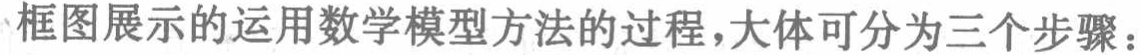
框图展示的运用数学模型方法的过程，大体可分为三个步骤：